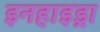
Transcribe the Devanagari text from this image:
इनहाइड्रा